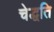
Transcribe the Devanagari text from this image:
चेद्धति